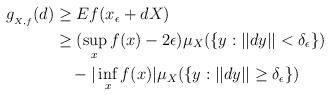
LaTeX: \begin{align*} \begin{aligned} g_{_{X,f}}(d) &\geq E f(x_\epsilon+dX) \\&\geq (\sup_x f(x)-2\epsilon)\mu_X(\{y:||dy||<\delta_\epsilon\}) \\&\ \ \ - |\inf_x f(x)|\mu_X(\{y:||dy||\geq\delta_\epsilon\}) \end{aligned}\end{align*}